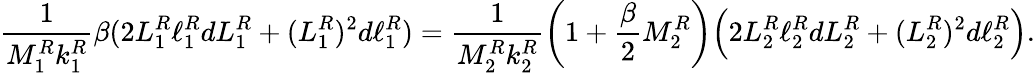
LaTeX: \frac{1}{M_{1}^{R}k_{1}^{R}}\beta(2L_{1}^{R}\ell_{1}^{R}dL_{1}^{R}+(L_{1}^{R})^{2}d\ell_{1}^{R})=\frac{1}{M_{2}^{R}k_{2}^{R}}\left(1+\frac\beta 2M_{2}^{R}\right)\Big(2L_{2}^{R}\ell_{2}^{R}dL_{2}^{R}+(L_{2}^{R})^{2}d\ell_{2}^{R}\Big).